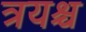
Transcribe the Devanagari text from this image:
त्रयश्च